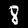
Label: 8